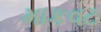
માકવટ